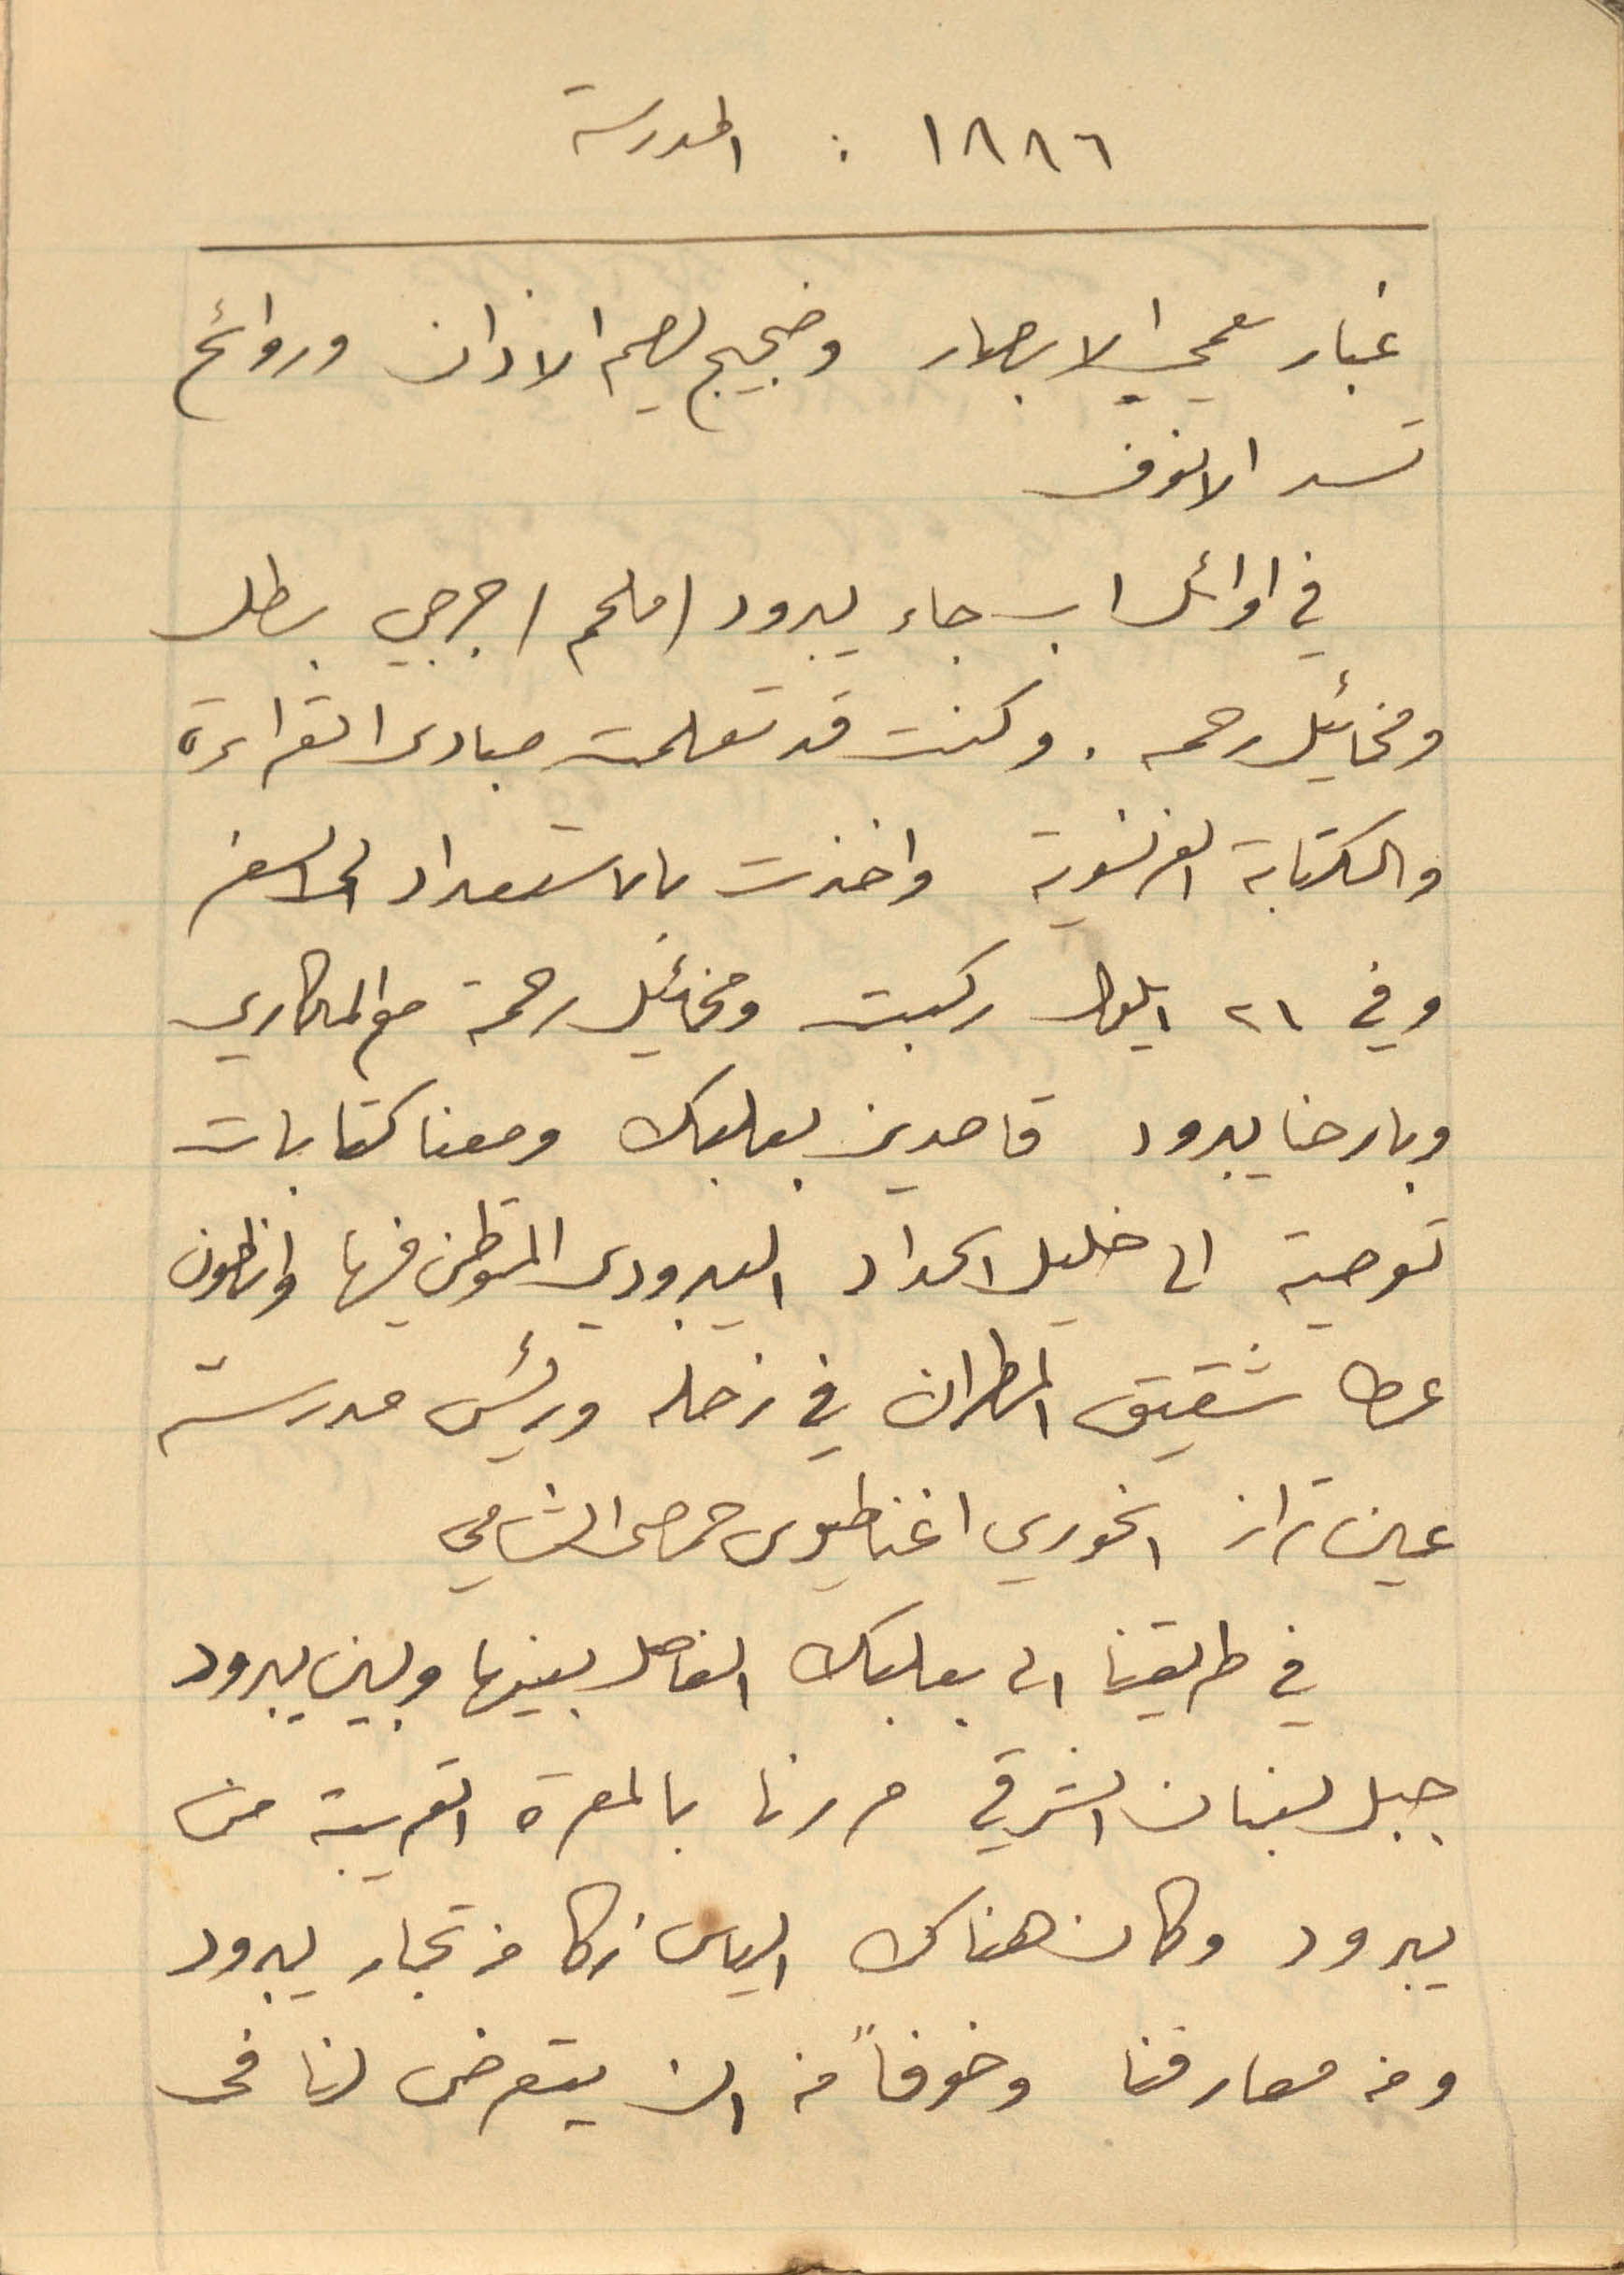
١٨٨٦: المدرسة
غبار يعمي الابصار وضجيج يصم الاذان وروائح
تسد الانوف
في اوائل اب جاء يبرود (ملحم) جرجي بطل
والكتابة الفرنسوية واخذت بالاستعداد الى السفر
وفي ٢١ ايلول ركبت ومخائيل رحمة مع المكاري
وبارحنا يبرود قاصدين بعلبك ومعنا كتابات
توصية الى خليل الحداد اليبرودي المستوطن فيها وانطون
عطا شقيق المطران في زحله ورئيس مدرسة
عين تراز الخوري اغناطيوس حمصى الشامي
في طريقنا الى بعلبك الفاصل بينها وبين يبرود
جبل لبنان الشرقي مررنا بالمعرة القريبة من
يبرود وكان هناك الياس زكا من تجار يبرود
ومن معارفنا وخوفاً من ان يتعرض لنا في
ومخائيل رحمه. وكنت قد تعلمت مبادى القراءة